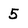
Character: 5